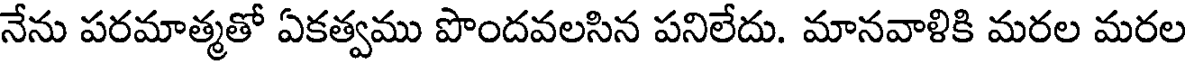
నేను పరమాత్మతో ఏకత్వము పొందవలసిన పనిలేదు. మానవాళికి మరల మరల